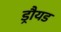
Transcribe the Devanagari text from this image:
ड्रौयड